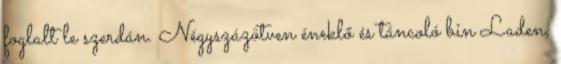
foglalt le szerdán. Négyszázötven éneklő és táncoló bin Laden,